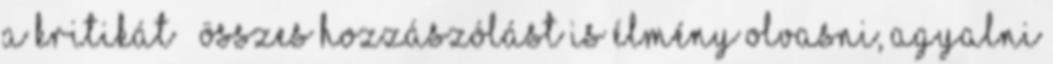
a kritikát – összes hozzászólást is élmény olvasni, agyalni